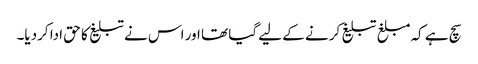
سچ ہے کہ مبلغ تبلیغ کرنے کے لیے گیا تھا اور اس نے تبلیغ کا حق ادا کردیا۔